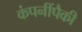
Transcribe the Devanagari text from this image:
कंपनींपैकी